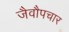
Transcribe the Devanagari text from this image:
जैवौपचार